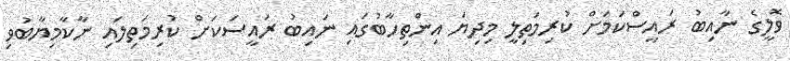
ވޮލީގެ ނާއިބު ރައީސްކަމަށް ކުރިމަތިލީ މިދިޔަ އިންތިހާބުގައި ނައިބު ރައީސަކަށް ކުރިމަތިލައި ނާކާމިޔާބުވި